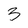
Character: 3